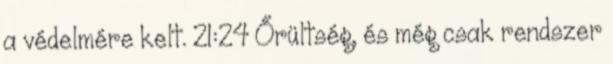
a védelmére kelt. 21:24 Őrültség, és még csak rendszer